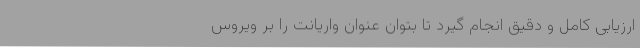
ارزیابی کامل و دقیق انجام گیرد تا بتوان عنوان واریانت را بر ویروس